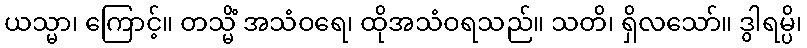
ယသ္မာ၊ ကြောင့်။ တသ္မိံ အသံဝရေ၊ ထိုအသံဝရသည်။ သတိ၊ ရှိလသော်။ ဒွါရမ္ပိ၊